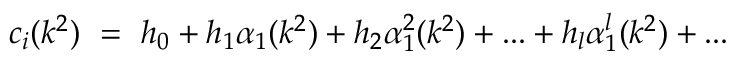
c _ { i } ( k ^ { 2 } ) ~ = ~ h _ { 0 } + h _ { 1 } \alpha _ { 1 } ( k ^ { 2 } ) + h _ { 2 } \alpha _ { 1 } ^ { 2 } ( k ^ { 2 } ) + . . . + h _ { l } \alpha _ { 1 } ^ { l } ( k ^ { 2 } ) + . . .